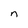
Character: n